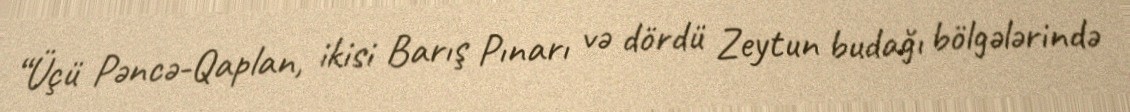
“Üçü Pəncə-Qaplan, ikisi Barış Pınarı və dördü Zeytun budağı bölgələrində